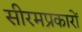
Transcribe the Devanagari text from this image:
सीरमप्रकारों